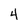
Character: 4